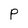
Character: p